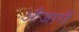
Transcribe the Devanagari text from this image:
औजारौं